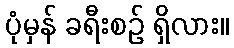
ပုံမှန် ခရီးစဉ် ရှိလား။